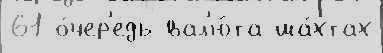
61 о́чер'едь вал'ю́та ша́хтах